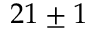
2 1 \pm 1